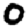
Digit: 0